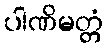
ပါဏိမတ္တံ